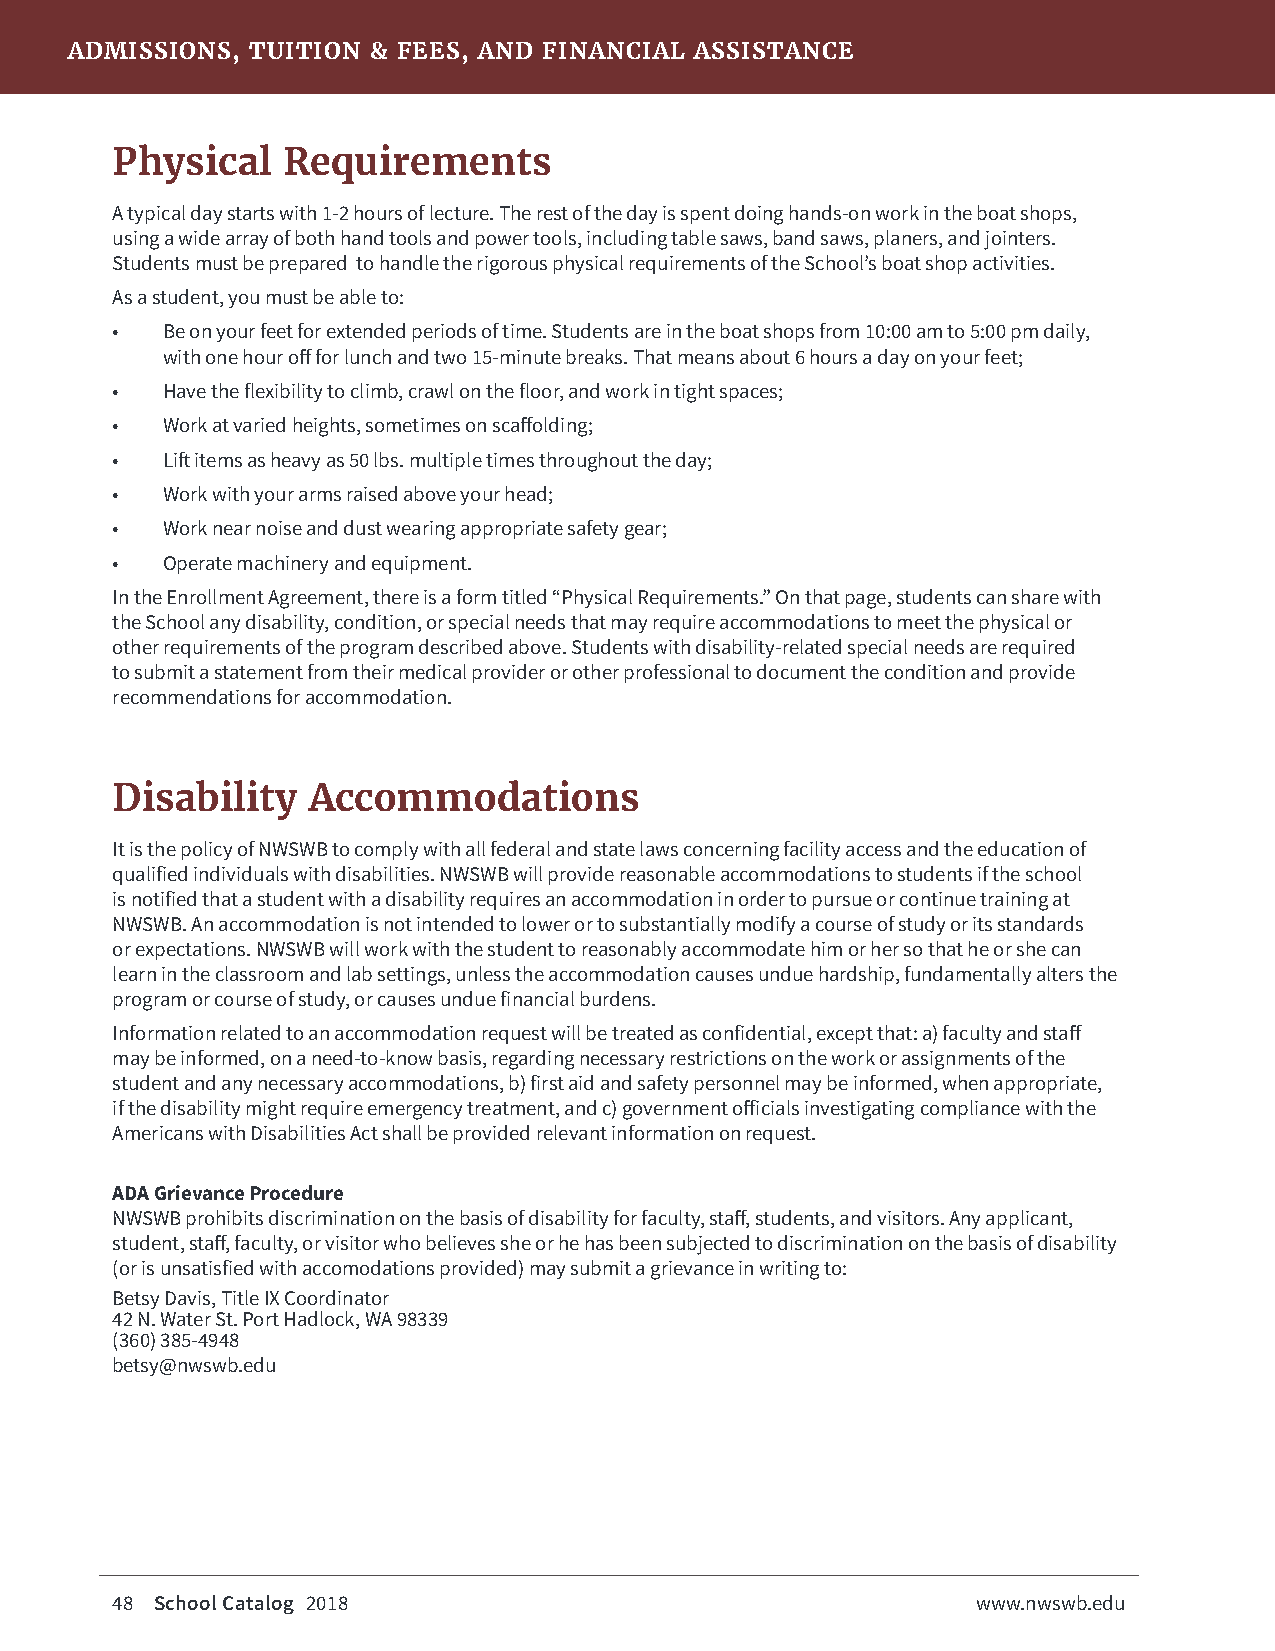
ADMISSIONS, TUITION & FEES, AND FINANCIAL ASSISTANCE
 Physical    Requirements
 A typical day starts with 1-2 hours of lecture. The rest of the day is spent doing hands-on work in the boat shops,
 using a wide array of both hand tools and power tools, including table saws, band saws, planers, and jointers.
 Students must be prepared to handle the rigorous physical requirements of the School’s boat shop activities.
 As a student, you must be able to:
 •   Be on your feet for extended periods of time. Students are in the boat shops from 10:00 am to 5:00 pm daily,
 with one hour off for lunch and two 15-minute breaks. That means about 6 hours a day on your feet;
 •   Have the flexibility to climb, crawl on the floor, and work in tight spaces;
 •   Work at varied heights, sometimes on scaffolding;
 •   Lift items as heavy as 50 lbs. multiple times throughout the day;
 •   Work with your arms raised above your head;
 •   Work near noise and dust wearing appropriate safety gear;
 •   Operate machinery and equipment.
 In the Enrollment Agreement, there is a form titled “Physical Requirements.” On that page, students can share with
 the School any disability, condition, or special needs that may require accommodations to meet the physical or
 other requirements of the program described above. Students with disability-related special needs are required
 to submit a statement from their medical provider or other professional to document the condition and provide
 recommendations for accommodation.
 Disability   Accommodations
 It is the policy of NWSWB to comply with all federal and state laws concerning facility access and the education of
 qualified individuals with disabilities. NWSWB will provide reasonable accommodations to students if the school
 is notified that a student with a disability requires an accommodation in order to pursue or continue training at
 NWSWB. An accommodation is not intended to lower or to substantially modify a course of study or its standards
 or expectations. NWSWB will work with the student to reasonably accommodate him or her so that he or she can
 learn in the classroom and lab settings, unless the accommodation causes undue hardship, fundamentally alters the
 program or course of study, or causes undue financial burdens.
 Information related to an accommodation request will be treated as confidential, except that: a) faculty and staff
 may be informed, on a need-to-know basis, regarding necessary restrictions on the work or assignments of the
 student and any necessary accommodations, b) first aid and safety personnel may be informed, when appropriate,
 if the disability might require emergency treatment, and c) government officials investigating compliance with the
 Americans with Disabilities Act shall be provided relevant information on request.
 ADA Grievance Procedure
 NWSWB prohibits discrimination on the basis of disability for faculty, staff, students, and visitors. Any applicant,
 student, staff, faculty, or visitor who believes she or he has been subjected to discrimination on the basis of disability
 (or is unsatisfied with accomodations provided) may submit a grievance in writing to:
 Betsy Davis, Title IX Coordinator
 42 N. Water St. Port Hadlock, WA 98339
 (360) 385-4948
 betsy@nwswb.edu
 48 School Catalog 2018                                    www.nwswb.edu